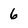
Character: 6